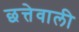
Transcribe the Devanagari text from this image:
छत्तेवाली